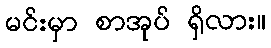
မင်းမှာ စာအုပ် ရှိလား။